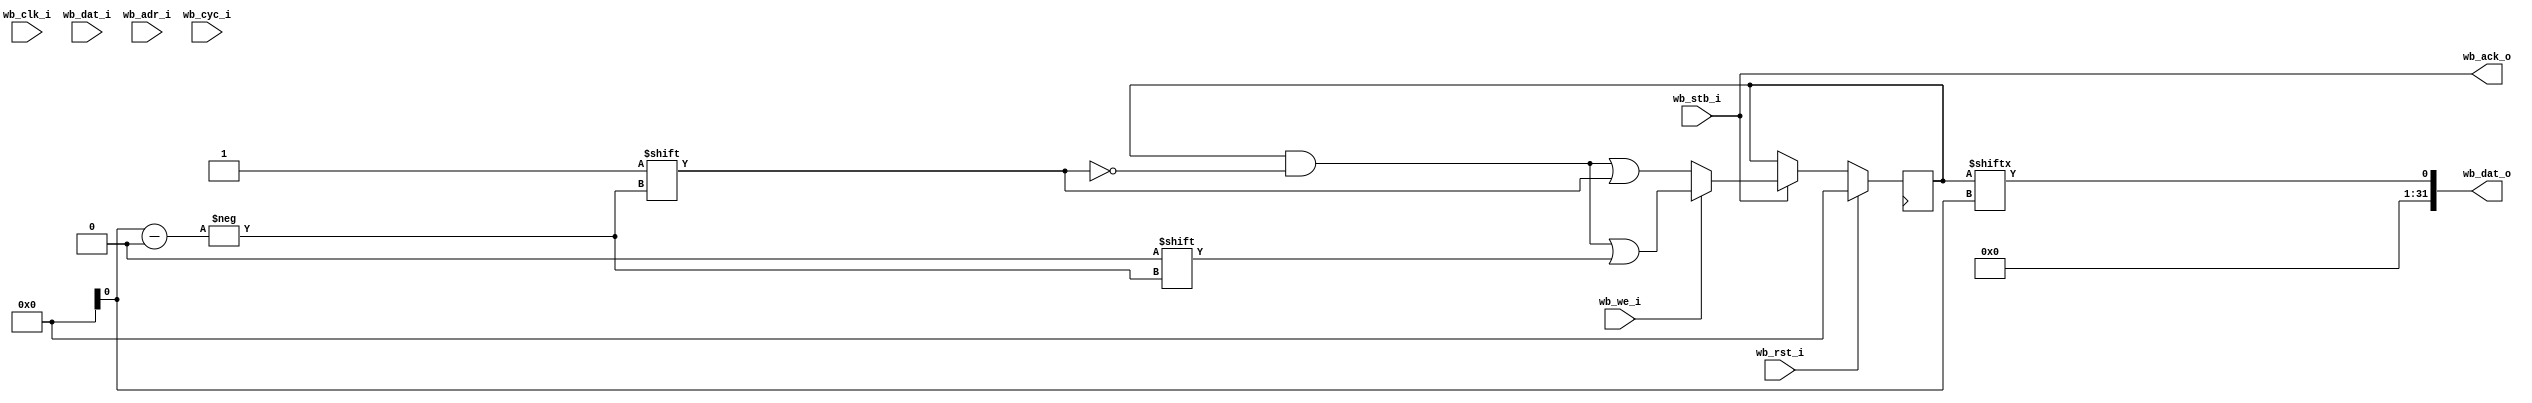
module wb_semaphore 
  #(parameter count=8, DBUS_WIDTH=32)
    (input wb_clk_i,
     input wb_rst_i,
     input [DBUS_WIDTH-1:0] wb_dat_i,
     input [2:0] wb_adr_i,
     input wb_cyc_i,
     input wb_stb_i,
     input wb_we_i,
     output wb_ack_o,
     output [DBUS_WIDTH-1:0] wb_dat_o);

   reg [count-1:0] locked;

   always @(posedge clock)
     if(wb_rst_i)
       locked <= {count{1'b0}};
     else if(wb_stb_i)
       if(wb_we_i)
	 locked[adr_i] <= 1'b0;
       else
	 locked[adr_i] <= 1'b1;

   assign 	   wb_dat_o[DBUS_WIDTH-1:1] = {(DBUS_WIDTH-1){1'b0}};
   assign 	   wb_dat_o[0] = locked[adr_i];
   assign 	   wb_ack_o = wb_stb_i;
   

endmodule